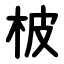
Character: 柀